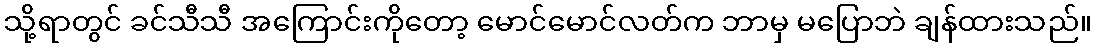
သို့ရာတွင် ခင်သီသီ အကြောင်းကိုတော့ မောင်မောင်လတ်က ဘာမှ မပြောဘဲ ချန်ထားသည်။